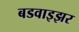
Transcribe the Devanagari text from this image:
बडवाइझर